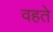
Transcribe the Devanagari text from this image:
वहते